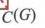
\(C(G)\)